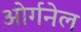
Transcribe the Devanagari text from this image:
ओर्गनेल